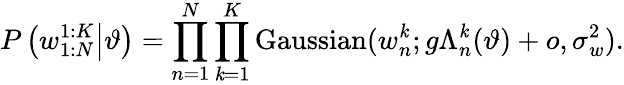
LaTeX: P\left(w_{1:N}^{1:K}\middle|\vartheta\right)=\prod_{n=1}^{N}\prod_{\mathit{k}=1}^{K}\mathrm{{Gaussian}}(w_{n}^{\mathit{k}};g\Lambda_{n}^{\mathit{k}}(\vartheta)+o,\sigma_{w}^{2}).